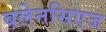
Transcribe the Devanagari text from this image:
बलेनसिएज